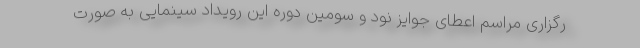
رگزاری مراسم اعطای جوایز نود و سومین دوره این رویداد سینمایی به صورت